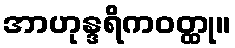
အာဟုန္ဒရိကဝတ္ထု။